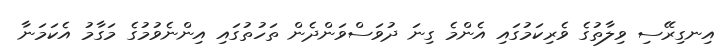
އިނގިރޭސި ވިލާތުގެ ވެރިކަމުގައި އެންމެ ގިނަ ދުވަސްވަންދެން ތަހުތުގައި އިންނެވުމުގެ މަގާމު އެކަމަނާ